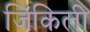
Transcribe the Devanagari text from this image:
जिंकिली